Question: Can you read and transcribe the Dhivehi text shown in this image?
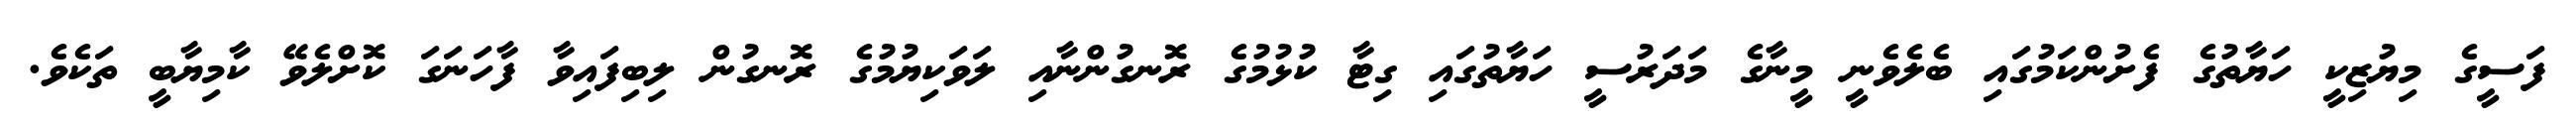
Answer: ފަސީގެ މިޔުޒިކީ ހަޔާތުގެ ފެށުންކަމުގައި ބެލެވެނީ މީނާގެ މަދަރުސީ ހަޔާތުގައި ގިޓާ ކުޅުމުގެ ރޮނގުންނާއި ލަވަކިޔުމުގެ ރޮނގުން ލިބިފައިވާ ފާހަނަގަ ކޮށްލެވޭ ކާމިޔާބީ ތަކެވެ.